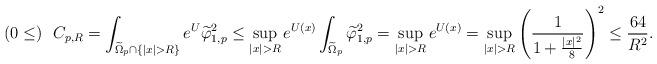
LaTeX: \begin{align*}(0\leq)\ \ C_{p,R}= \int_{\widetilde{\Omega}_p\cap\{|x|> R\}}e^U \widetilde{\varphi}_{1,p}^2\leq \sup_{|x|>R}e^{U(x)} \int_{\widetilde{\Omega}_p}\widetilde{\varphi}_{1,p}^2=\sup_{|x|>R}e^{U(x)}=\sup_{|x|>R}\left( \frac{1}{1+\frac{|x|^2}{8}}\right)^2\leq \frac{64}{R^2}.\end{align*}